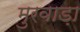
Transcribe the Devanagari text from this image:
मुरवाड़ा